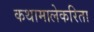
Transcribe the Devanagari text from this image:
कथामालेकरिता